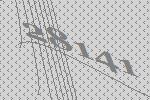
28141